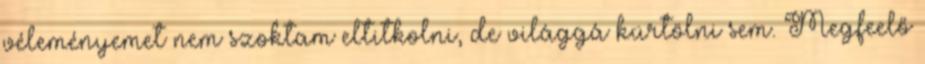
véleményemet nem szoktam eltitkolni, de világgá kürtölni sem. Megfeelő